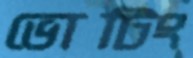
ভোটিং